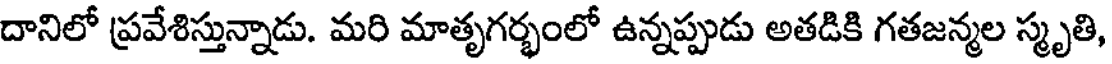
దానిలో ప్రవేశిస్తున్నాడు. మరి మాతృగర్భంలో ఉన్నప్పుడు అతడికి గతజన్మల స్మృతి,